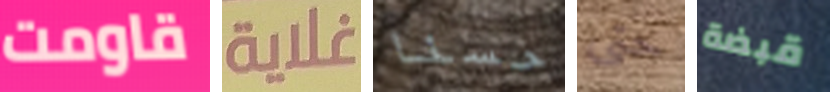
قاومت غلاية حسنا حتى قبضة